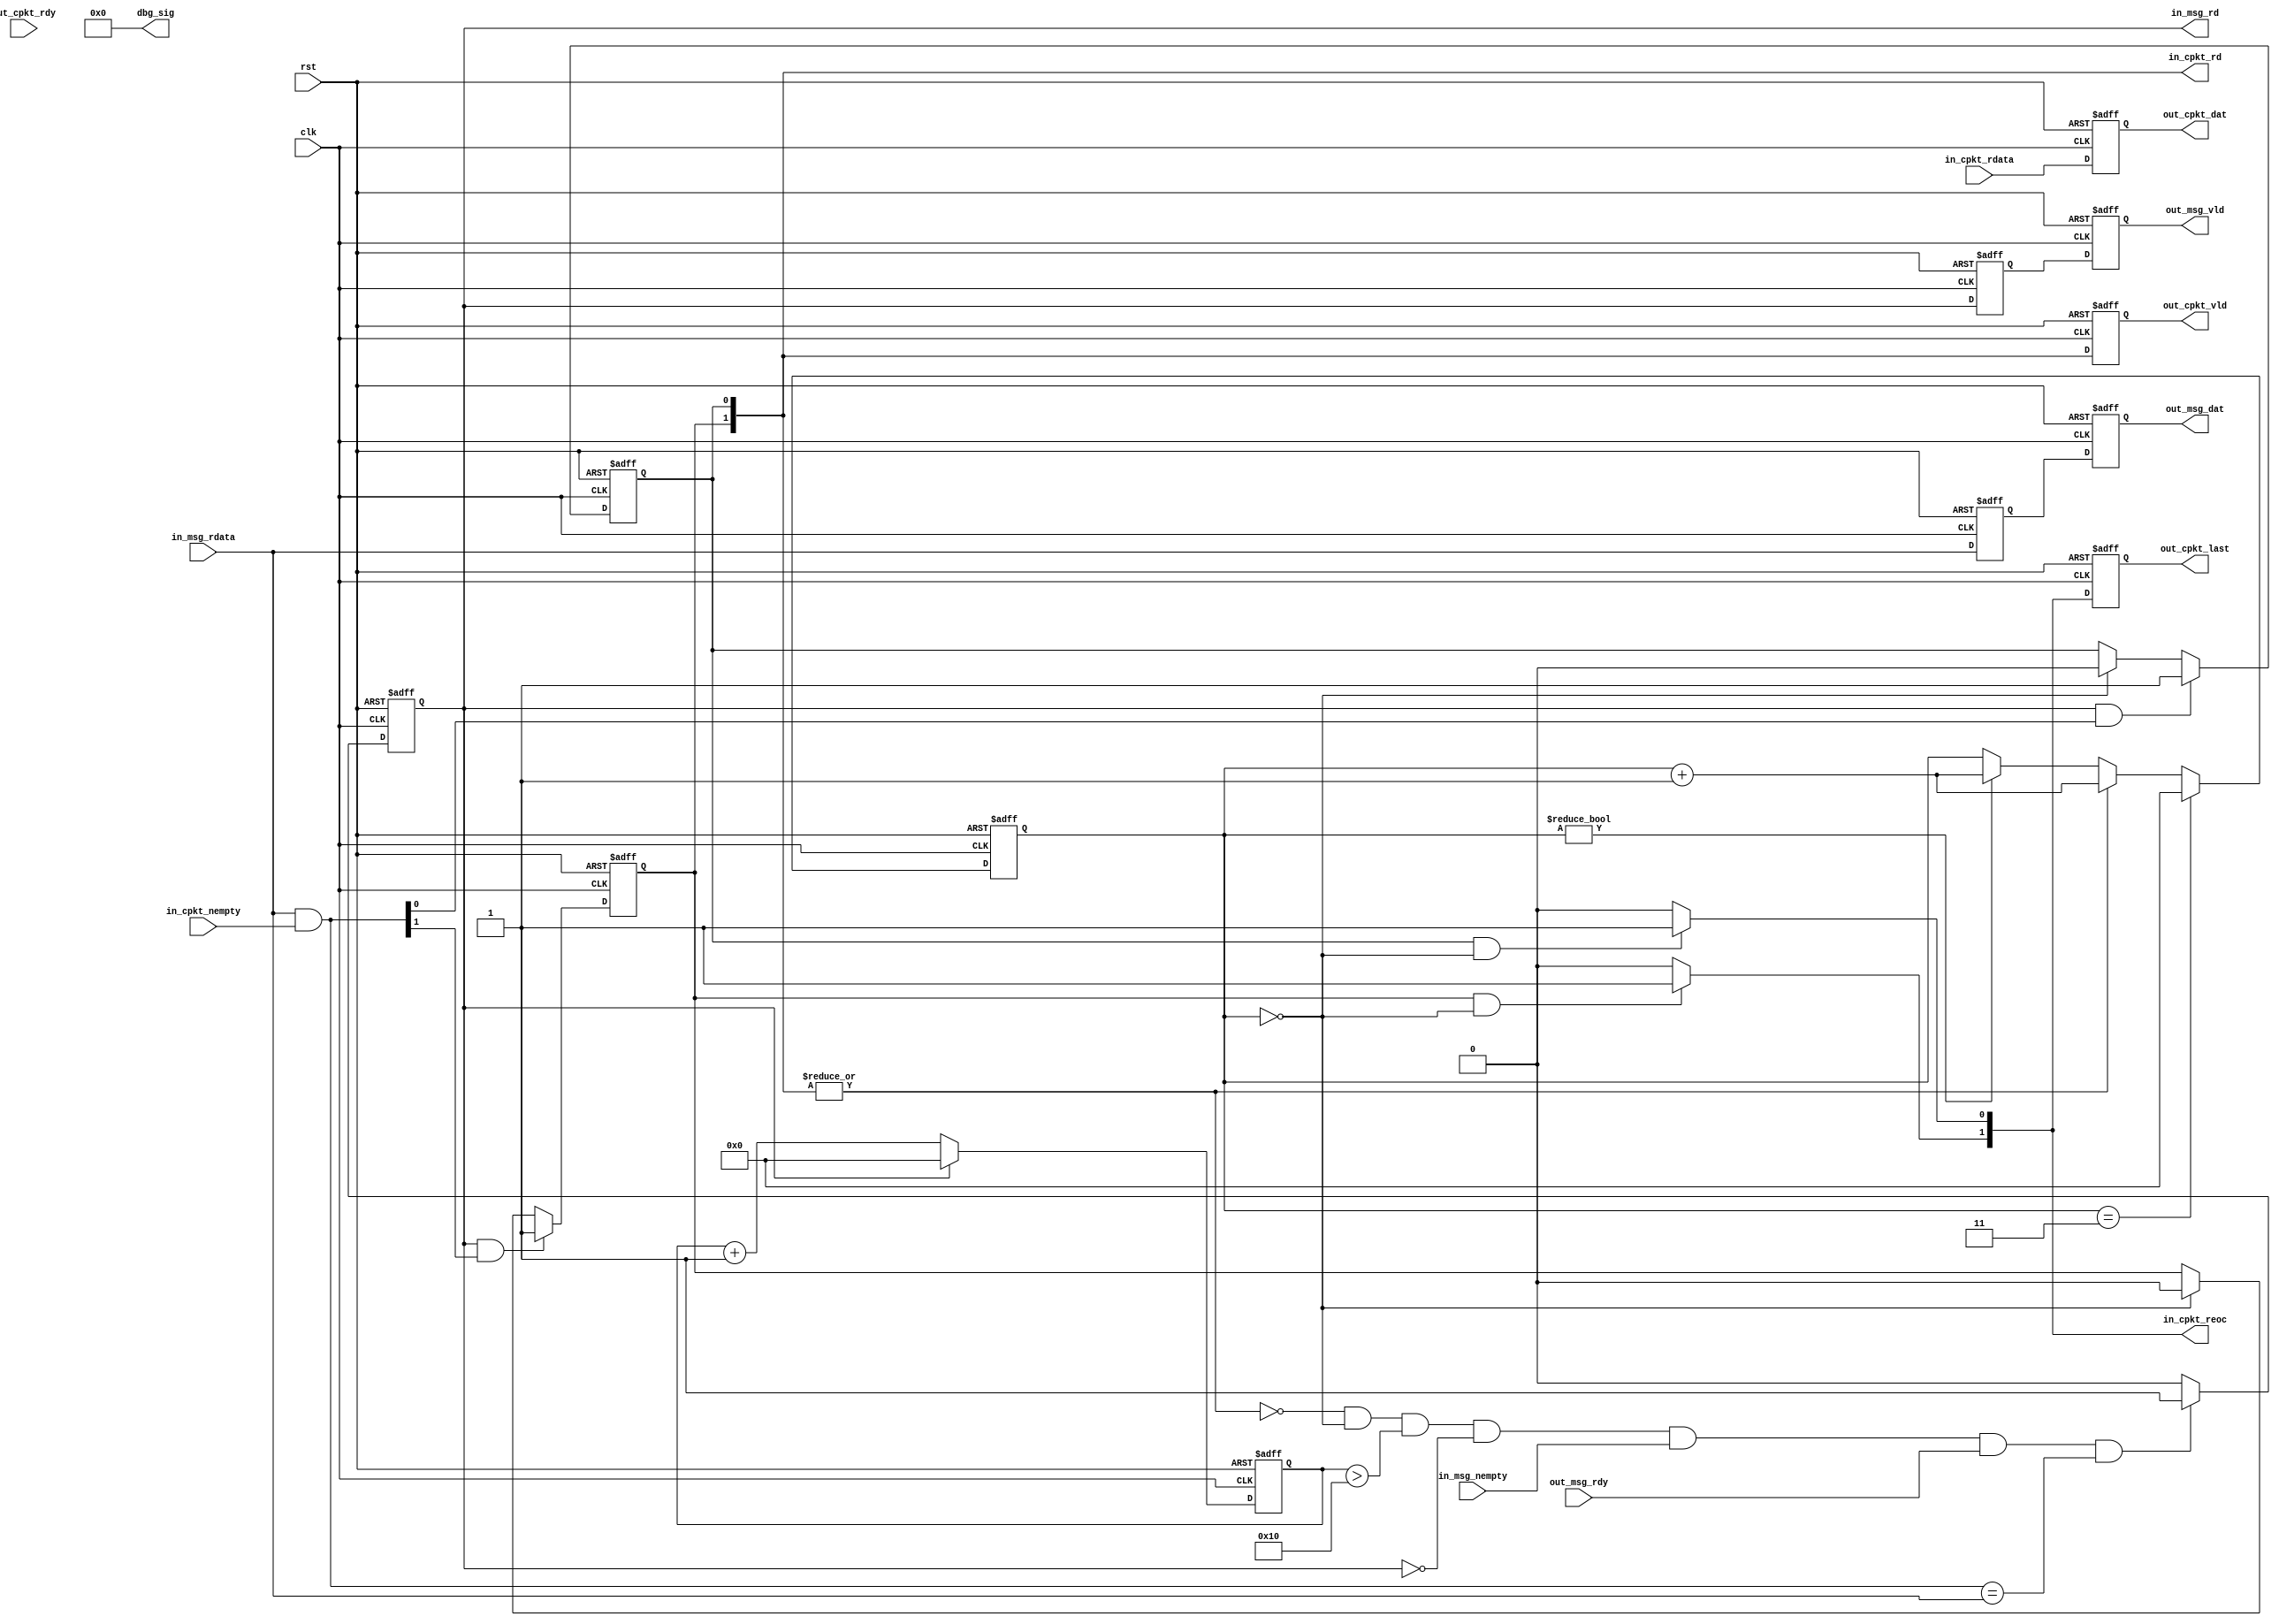
`timescale 1ns / 1ps
module sync_table_fifo #(
        parameter   CELL_CHN_NUM    = 2                   , 
        parameter   INFO_WID        = CELL_CHN_NUM        , 
        parameter   CDWID           = {16'd128, 16'd128}  , 
        parameter   CELLSZ          = {16'd1  , 16'd1 }   , 
        parameter   MAX_CELLSZ      = 4                   , 
        parameter   GAP_NUM         = 16                  , 
        parameter   CDWID_SUM       = 256                   
) (
        input wire    clk    ,
        input wire    rst    ,
        input   wire    [1-1            :0]   in_msg_nempty  ,
        output  reg     [1-1            :0]   in_msg_rd     ,
        input   wire    [INFO_WID-1     :0]   in_msg_rdata   ,
        input   wire    [CELL_CHN_NUM-1 :0]   in_cpkt_nempty  ,
        output  reg     [CELL_CHN_NUM-1 :0]   in_cpkt_rd     ,
        output  wire    [CELL_CHN_NUM-1 :0]   in_cpkt_reoc    ,
        input   wire    [CDWID_SUM-1    :0]   in_cpkt_rdata   ,
        output  reg     [1-1            :0]   out_msg_vld    ,
        input   wire    [1-1            :0]   out_msg_rdy    ,
        output  reg     [INFO_WID-1     :0]   out_msg_dat    ,
        output  reg     [CELL_CHN_NUM-1 :0]   out_cpkt_vld    ,
        output  reg     [CELL_CHN_NUM-1 :0]   out_cpkt_last   ,
        input   wire    [CELL_CHN_NUM-1 :0]   out_cpkt_rdy    ,
        output  reg     [CDWID_SUM-1    :0]   out_cpkt_dat    ,
        output  wire    [32-1           :0]   dbg_sig
);
genvar          i       ;  
genvar          j       ;
reg [15:0]  cnt_cpkt_vld;   
always @ (posedge clk or posedge rst) begin
        if( rst==1'b1 )begin
                cnt_cpkt_vld <= 0;
        end
        else begin
                if( cnt_cpkt_vld==(MAX_CELLSZ-1) )begin
                        cnt_cpkt_vld <= 0;
                end
                else if( (|in_cpkt_rd)==1'b1 ) begin
                        cnt_cpkt_vld <= cnt_cpkt_vld + 1'b1;
                end
                else if( cnt_cpkt_vld!=0 ) begin
                        cnt_cpkt_vld <= cnt_cpkt_vld + 1'b1;
                end
        end
end

reg    [1-1          :0]   in_msg_rd_d1  ;
reg    [INFO_WID-1   :0]   in_msg_rdata_d1 ;
always @ (posedge clk or posedge rst) begin
        if( rst==1'b1 )begin
                in_msg_rd_d1    <= 1'b0;
                in_msg_rdata_d1  <= 0;
        end
        else begin
                in_msg_rd_d1    <= in_msg_rd    ;
                in_msg_rdata_d1  <= in_msg_rdata  ;
        end
end


reg [15:0]  cnt_gap;   

always @ (posedge clk or posedge rst) begin
        if( rst==1'b1 )begin
                in_msg_rd   <= 1'b0;
        end
        else begin
                if( |in_cpkt_rd==1'b0
                        && cnt_cpkt_vld==0
                        && cnt_gap > GAP_NUM
                        && in_msg_rd==1'b0 && (in_msg_nempty==1'b1) && (out_msg_rdy==1'b1)
                && (in_msg_rdata[CELL_CHN_NUM-1:0] & in_cpkt_nempty)==in_msg_rdata[CELL_CHN_NUM-1:0] ) begin
                        in_msg_rd   <= 1'b1;
                end
                else begin
                        in_msg_rd   <= 1'b0;
                end
        end
end

always @ (posedge clk or posedge rst) begin
        if( rst==1'b1 )begin
                cnt_gap <= 0;
        end
        else begin
                if( in_msg_rd==1'b1 )begin
                        cnt_gap <= 0;
                end
                else begin
                        cnt_gap <= cnt_gap + 1'b1;
                end
        end
end

generate
for( i=0; i<CELL_CHN_NUM; i=i+1 ) begin : in_cpkt_rd_proc
        assign in_cpkt_reoc[i] = ( in_cpkt_rd[i]==1'b1 && cnt_cpkt_vld==(CELLSZ[16*i+:16]-1) ) ? 1'b1 : 1'b0;
end
endgenerate
always @ (posedge clk or posedge rst) begin
        if( rst==1'b1 )begin
                out_msg_vld  <= 0;
                out_cpkt_vld  <= 0;
                out_cpkt_last  <= 0;
                out_msg_dat <= 0;
                out_cpkt_dat <= 0;
        end
        else begin
                out_msg_vld  <= in_msg_rd_d1 ;
                out_cpkt_vld  <= in_cpkt_rd  ;
                out_cpkt_last <= in_cpkt_reoc  ;
                out_msg_dat <= in_msg_rdata_d1 ;
                out_cpkt_dat <= in_cpkt_rdata ;
        end
end

assign dbg_sig = 32'h0;
function integer wid_sum;
        input [16*8-1:0] wid;
        input num;
        integer i;
        begin
                wid_sum = 0;
                for ( i=0; i<num; i=i+1 ) begin
                        wid_sum = wid_sum + wid[i*16 +: 16];
                end
        end
endfunction

reg [CELL_CHN_NUM-1:0]  cpkt_vld_reg;   
always @ ( * ) begin
        cpkt_vld_reg = (in_msg_rdata[CELL_CHN_NUM-1:0] & in_cpkt_nempty[CELL_CHN_NUM-1:0]);
end
generate
for( j=0; j<CELL_CHN_NUM; j=j+1 )begin
        always @ (posedge clk or posedge rst) begin
                if( rst==1'b1 )begin
                        in_cpkt_rd[j]   <= 0;
                end
                else begin
                        if( in_msg_rd==1'b1 && cpkt_vld_reg[j]==1'b1 )begin
                                in_cpkt_rd[j] <= 1'b1;
                        end
                        else if( cnt_cpkt_vld==(CELLSZ[16*j+:16]-1) )begin
                                in_cpkt_rd[j] <= 1'b0;
                        end
                end
        end
end
endgenerate
endmodule